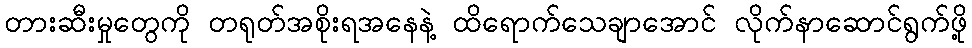
တားဆီးမှုတွေကို တရုတ်အစိုးရအနေနဲ့ ထိရောက်သေချာအောင် လိုက်နာဆောင်ရွက်ဖို့